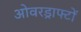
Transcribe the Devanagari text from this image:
ओवरड्राफ्टों